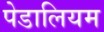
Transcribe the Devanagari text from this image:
पेडालियम